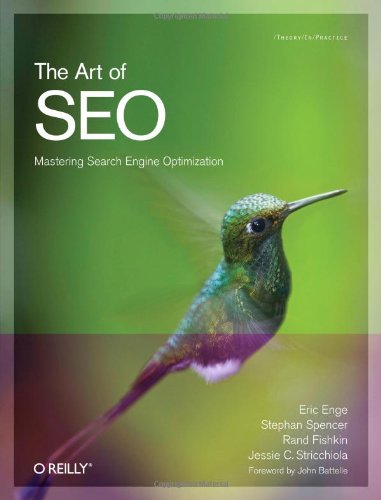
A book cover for The Art of SEO: Mastering Search Engine Optimization (Theory in Practice); Eric Enge; Computers & Technology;